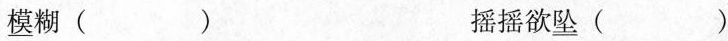
\underline{模}糊() 摇摇欲\underline{坠}()